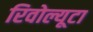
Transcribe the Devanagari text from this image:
रिवोल्यूटा